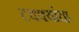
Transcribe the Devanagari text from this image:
टक्क्यांचा